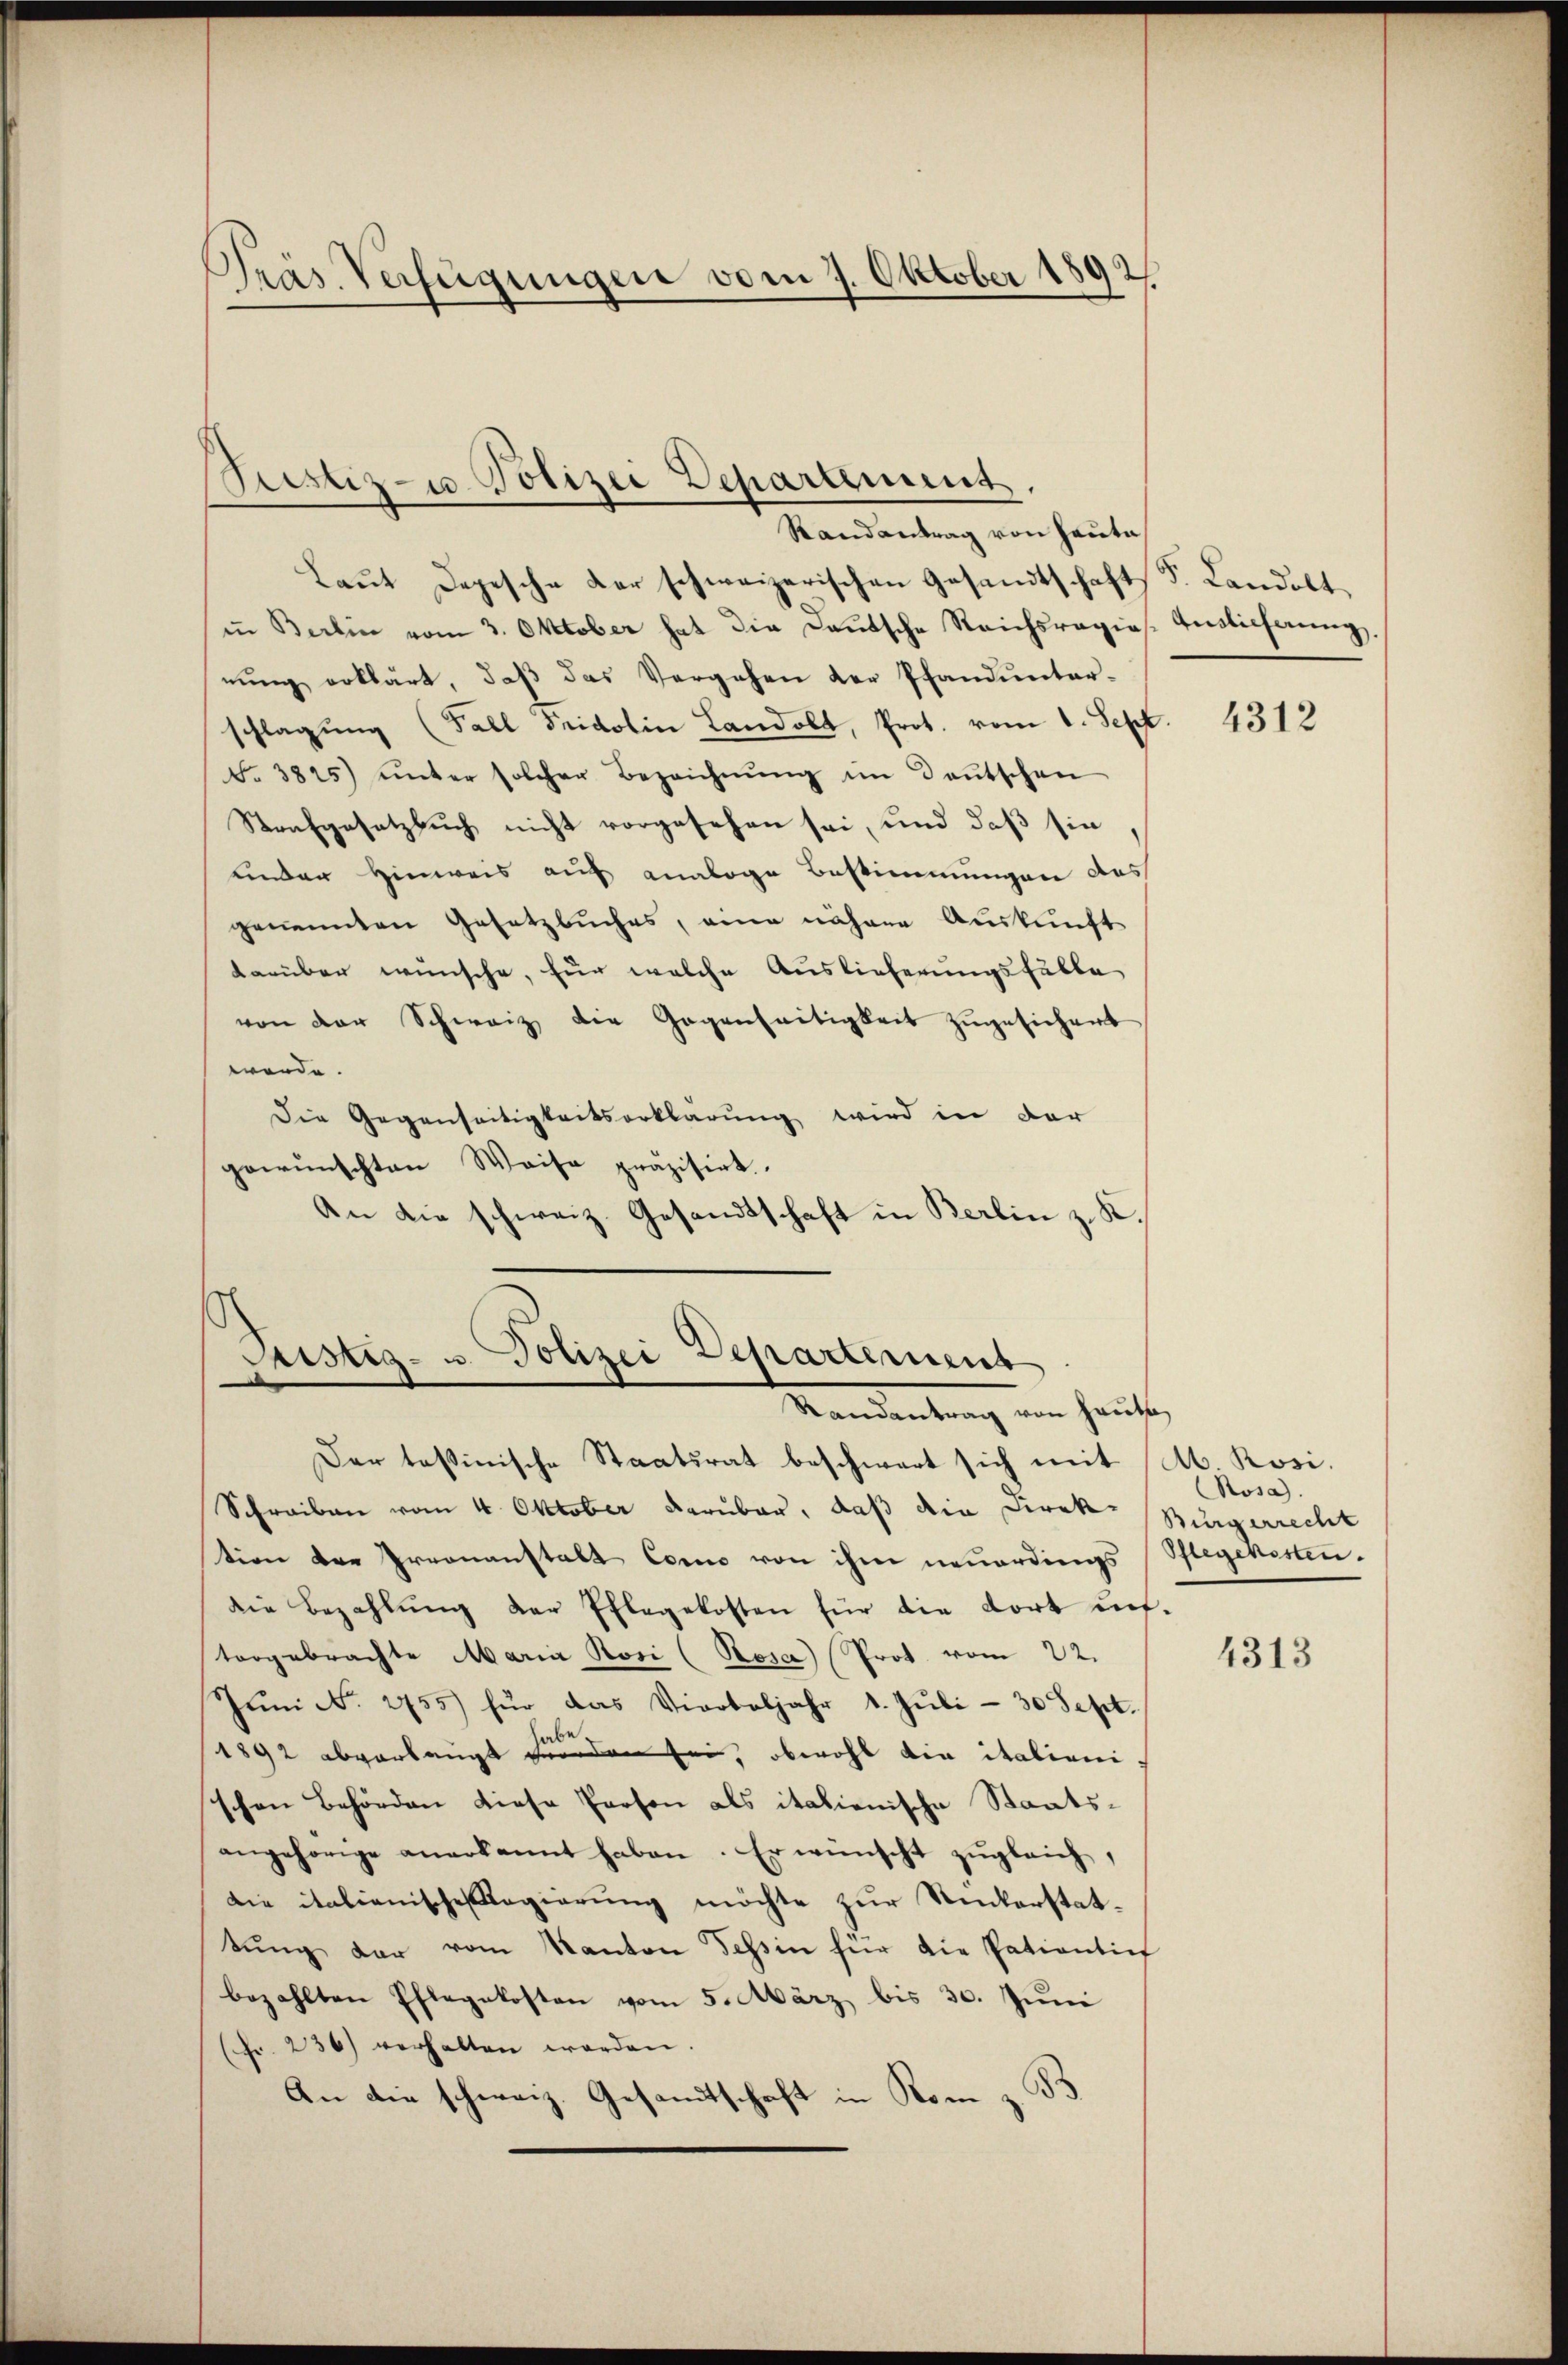
Präs. Verfügungen vom 7. Oktober 1892
s

Laŭt Depesche der schweizerischen Gesandtschaft d. Landolt
in Berlin vom 3. Oktober hat die Deutsche Reichsragios. Auslieferung,
rung erklärt, daß das Vergehen der Pfandunterschlagung (Fall Fridolin Landolt, Prot. vom 1. Sept
No. 3825) unter solcher Bezeichnŭng im deŭtschen
Strafgesetzbuch nicht vorgesehen sei, und daß sie
under Hinweis auf analoge Bestimmungen das
genannten Gesetzbuches, eine näher Auskunft
darüber wünsche, für welche Auslieferungsfälle
von der Schweiz die Gegenseitigkeit zugesichert
werde.
Die Gegenseitigkeitserklärung wird in der
gewünschten Weise präzisirt.
An die schweiz. Gesandtschaft in Berlin z. K.

Justiz- u. Polizei Departement.
Randantrag von Hauta

Justiz- u. Polizei Departement
Mandantung im Hause,
Der tessinische Staatsrat beschwert sich mit (Ab. Rosi¬

Schreiben vom 4. Oktober darüber, daß die Direkt Bürgerrecht
tion der Preonanstalt Como von ihm neuerdings Pflegensten.
Die Bezahlŭng der Ehlegekosten für die Fort auftorgebrachte Maria Rosi (Resa) Prot vom 22.
Jŭni d. 2755) für das Vierteljahr 1. Jŭli - 30 Sept.
her
1892 abverlangt worden sei, obwohl die italieni
schen Behörden diese Person als italienische Staatsangehörige anerkannt haben. Er wünscht zŭgleich,
die italienische legierung möchte zur Winkerstattŭng der vom Kanton Tessin für die Patientief
bezahlten Pflegekosten vom 5. März bis 30. Juni
(Fr. 236) verhalten werden.
An die schweiz. Gesandtschaft in Rom z. B

4312

osa.

4313